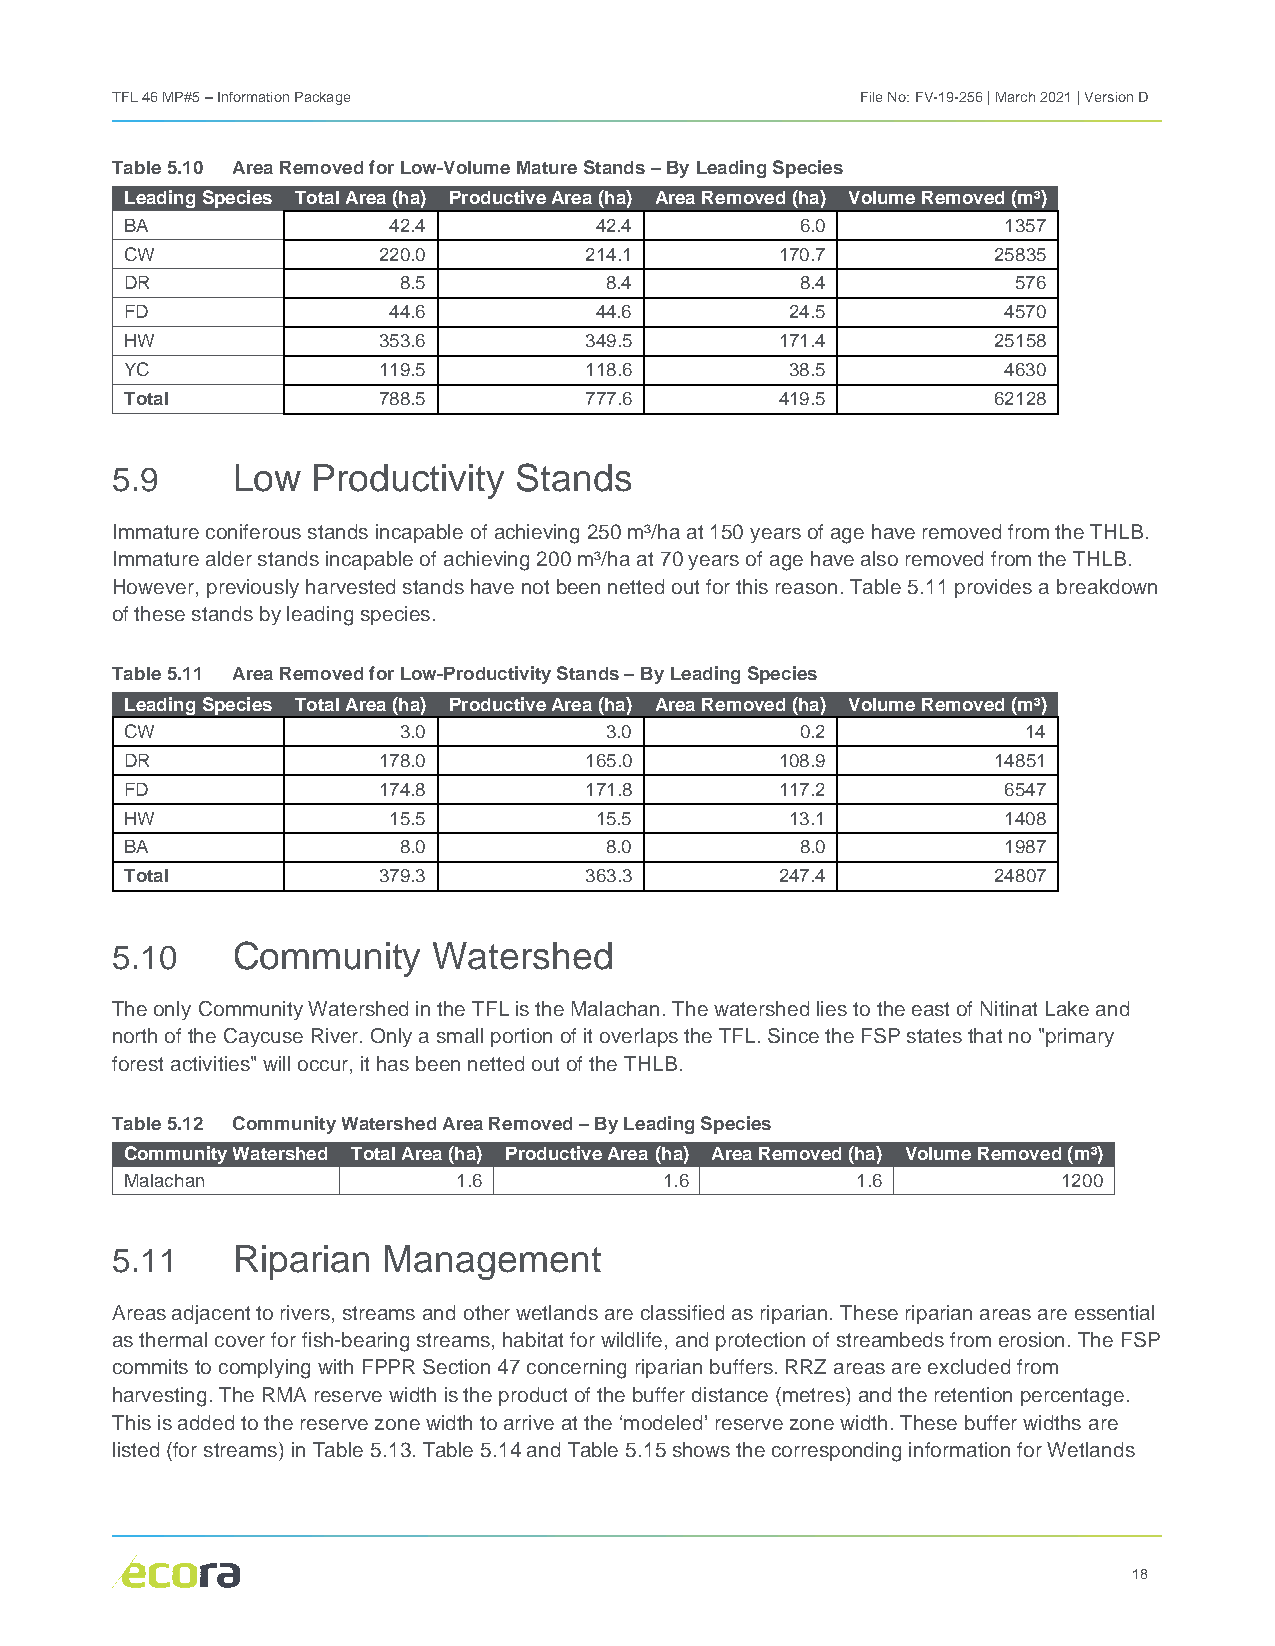
TFL 46 MP#5 – Information Package                 File No: FV-19-256 | March 2021 | Version D
 Table 5.10 Area Removed for Low-Volume Mature Stands – By Leading Species
 Leading Species Total Area (ha) Productive Area (ha) Area Removed (ha) Volume Removed (m³)
 BA                42.4         42.4          6.0           1357
 CW               220.0         214.1        170.7         25835
 DR                8.5           8.4          8.4           576
 FD                44.6         44.6         24.5           4570
 HW               353.6         349.5        171.4         25158
 YC               119.5         118.6        38.5           4630
 Total            788.5         777.6        419.5         62128
 5.9     Low   Productivity Stands
 Immature coniferous stands incapable of achieving 250 m³/ha at 150 years of age have removed from the THLB.
 Immature alder stands incapable of achieving 200 m³/ha at 70 years of age have also removed from the THLB.
 However, previously harvested stands have not been netted out for this reason. Table 5.11 provides a breakdown
 of these stands by leading species.
 Table 5.11 Area Removed for Low-Productivity Stands – By Leading Species
 Leading Species Total Area (ha) Productive Area (ha) Area Removed (ha) Volume Removed (m³)
 CW                3.0           3.0          0.2            14
 DR               178.0         165.0        108.9         14851
 FD               174.8         171.8        117.2          6547
 HW                15.5         15.5         13.1           1408
 BA                8.0           8.0          8.0           1987
 Total            379.3         363.3        247.4         24807
 5.10    Community     Watershed
 The only Community Watershed in the TFL is the Malachan. The watershed lies to the east of Nitinat Lake and
 north of the Caycuse River. Only a small portion of it overlaps the TFL. Since the FSP states that no "primary
 forest activities" will occur, it has been netted out of the THLB.
 Table 5.12 Community Watershed Area Removed – By Leading Species
 Community Watershed Total Area (ha) Productive Area (ha) Area Removed (ha) Volume Removed (m³)
 Malachan              1.6           1.6          1.6          1200
 5.11    Riparian  Management
 Areas adjacent to rivers, streams and other wetlands are classified as riparian. These riparian areas are essential
 as thermal cover for fish-bearing streams, habitat for wildlife, and protection of streambeds from erosion. The FSP
 commits to complying with FPPR Section 47 concerning riparian buffers. RRZ areas are excluded from
 harvesting. The RMA reserve width is the product of the buffer distance (metres) and the retention percentage.
 This is added to the reserve zone width to arrive at the ‘modeled’ reserve zone width. These buffer widths are
 listed (for streams) in Table 5.13. Table 5.14 and Table 5.15 shows the corresponding information for Wetlands
 18